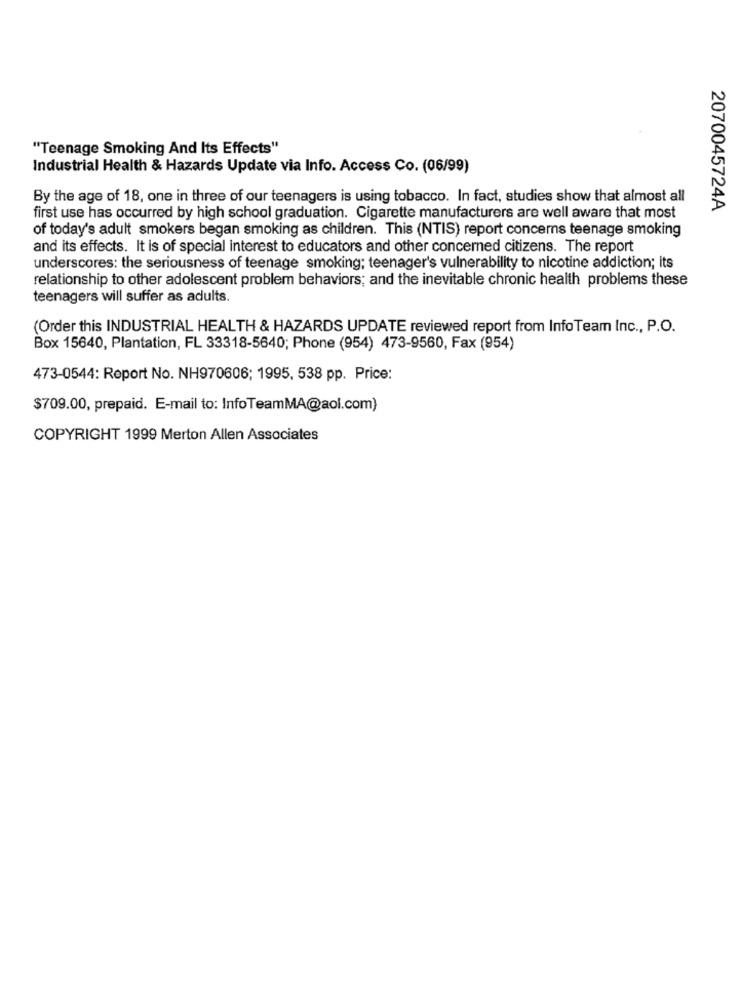
"Teenage Smoking And Its Effects"
Industrial Health & Hazards Update via Info. Access Co. (06/99)
By the age of 18, one in three of our teenagers is using tobacco. In fact, studies show that almost all
2070045724A
first use has occurred by high school graduation. Cigarette manufacturers are well aware that most
of today's adult smokers began smoking as children. This (NTIS) report concerns teenage smoking
and its effects. It is of special interest to educators and other concerned citizens. The report
underscores: the seriousness of teenage smoking; teenager's vulnerability to nicotine addiction; its
relationship to other adolescent problem behaviors; and the inevitable chronic health problems these
teenagers will suffer as adults.
(Order this INDUSTRIAL HEALTH & HAZARDS UPDATE reviewed report from Info Team Inc ., P.O.
Box 15640, Plantation, FL 33318-5640; Phone (954) 473-9560, Fax (954)
473-0544: Report No. NH970606; 1995, 538 pp. Price:
$709.00, prepaid. E-mail to: InfoTeamMA@aol.com)
COPYRIGHT 1999 Merton Allen Associates